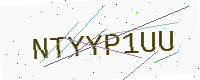
Text: NTYYP1UU